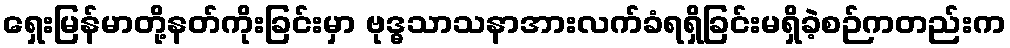
ရှေးမြန်မာတို့နတ်ကိုးခြင်းမှာ ဗုဒ္ဓသာသနာအားလက်ခံရရှိခြင်းမရှိခဲ့စဉ်ကတည်းက